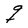
Character: g